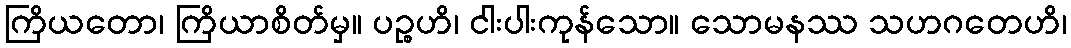
ကြိယတော၊ ကြိယာစိတ်မှ။ ပဉ္စဟိ၊ ငါးပါးကုန်သော။ သောမနဿ သဟဂတေဟိ၊